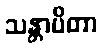
သန္တာပိတာ